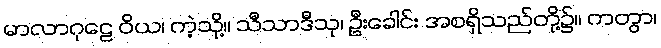
မာလာဂုဠေ ဝိယ၊ ကဲ့သို့။ သီသာဒီသု၊ ဦးခေါင်း အစရှိသည်တို့၌။ ကတွာ၊